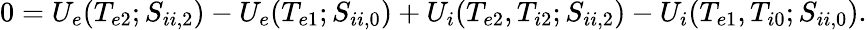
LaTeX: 0=U_{e}(T_{e2};S_{ii,2})-U_{e}(T_{e1};S_{ii,0})+U_{i}(T_{e2},T_{i2};S_{ii,2})-U_{i}(T_{e1},T_{i0};S_{ii,0}).